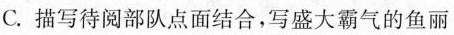
C.描写待阅部队点面结合，写盛大霸气的鱼丽